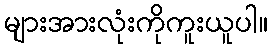
များအားလုံးကိုကူးယူပါ။